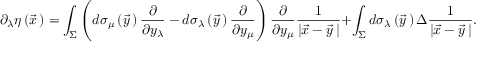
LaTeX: \partial _ { \lambda } \eta \left( \vec { x } { \, } \right) = \int _ { \Sigma } ^ { } \left( d \sigma _ { \mu } \left( \vec { y } { \, } \right) \frac { \partial } { \partial y _ { \lambda } } - d \sigma _ { \lambda } \left( \vec { y } { \, } \right) \frac { \partial } { \partial y _ { \mu } } \right) \frac { \partial } { \partial y _ { \mu } } \frac { 1 } { \left| \vec { x } - \vec { y } { \, } \right| } + \int _ { \Sigma } ^ { } d \sigma _ { \lambda } \left( \vec { y } { \, } \right) \Delta \frac { 1 } { \left| \vec { x } - \vec { y } { \, } \right| } .